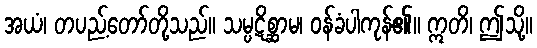
အယံ၊ တပည့်တော်တို့သည်။ သမ္ပဋိစ္ဆာမ၊ ဝန်ခံပါကုန်၏။ ဣတိ၊ ဤသို့။